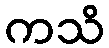
ကသိ